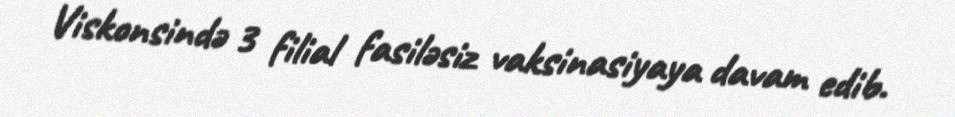
Viskonsində 3 filial fasiləsiz vaksinasiyaya davam edib.